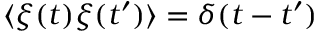
\langle \xi ( t ) \xi ( t ^ { \prime } ) \rangle = \delta ( t - t ^ { \prime } )